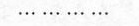
\cdots \cdots \cdots \cdots